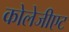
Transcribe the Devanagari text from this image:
कोलेजीएट